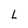
Character: L